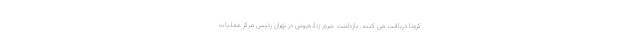
کرونا دریافت می کنند. بازداشت شرور زنانه‌پوش در تهران رئیس مرکز عملیات